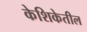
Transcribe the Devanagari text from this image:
केशिकेतील